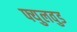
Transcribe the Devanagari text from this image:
फ्युलवुड